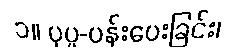
၁။ ပုပ္ဖ-ပန်းပေးခြင်း၊